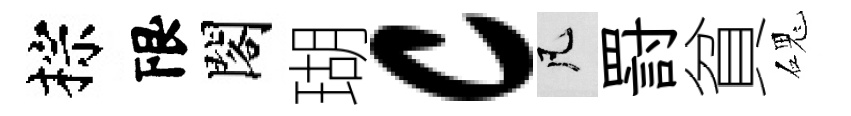
棕限閣瑚c凡罸貧磈